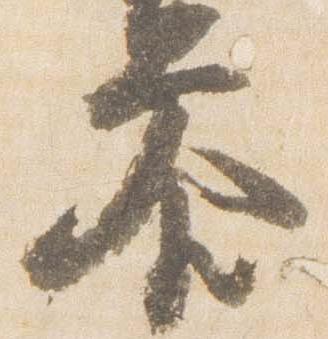
参